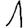
Digit: 1